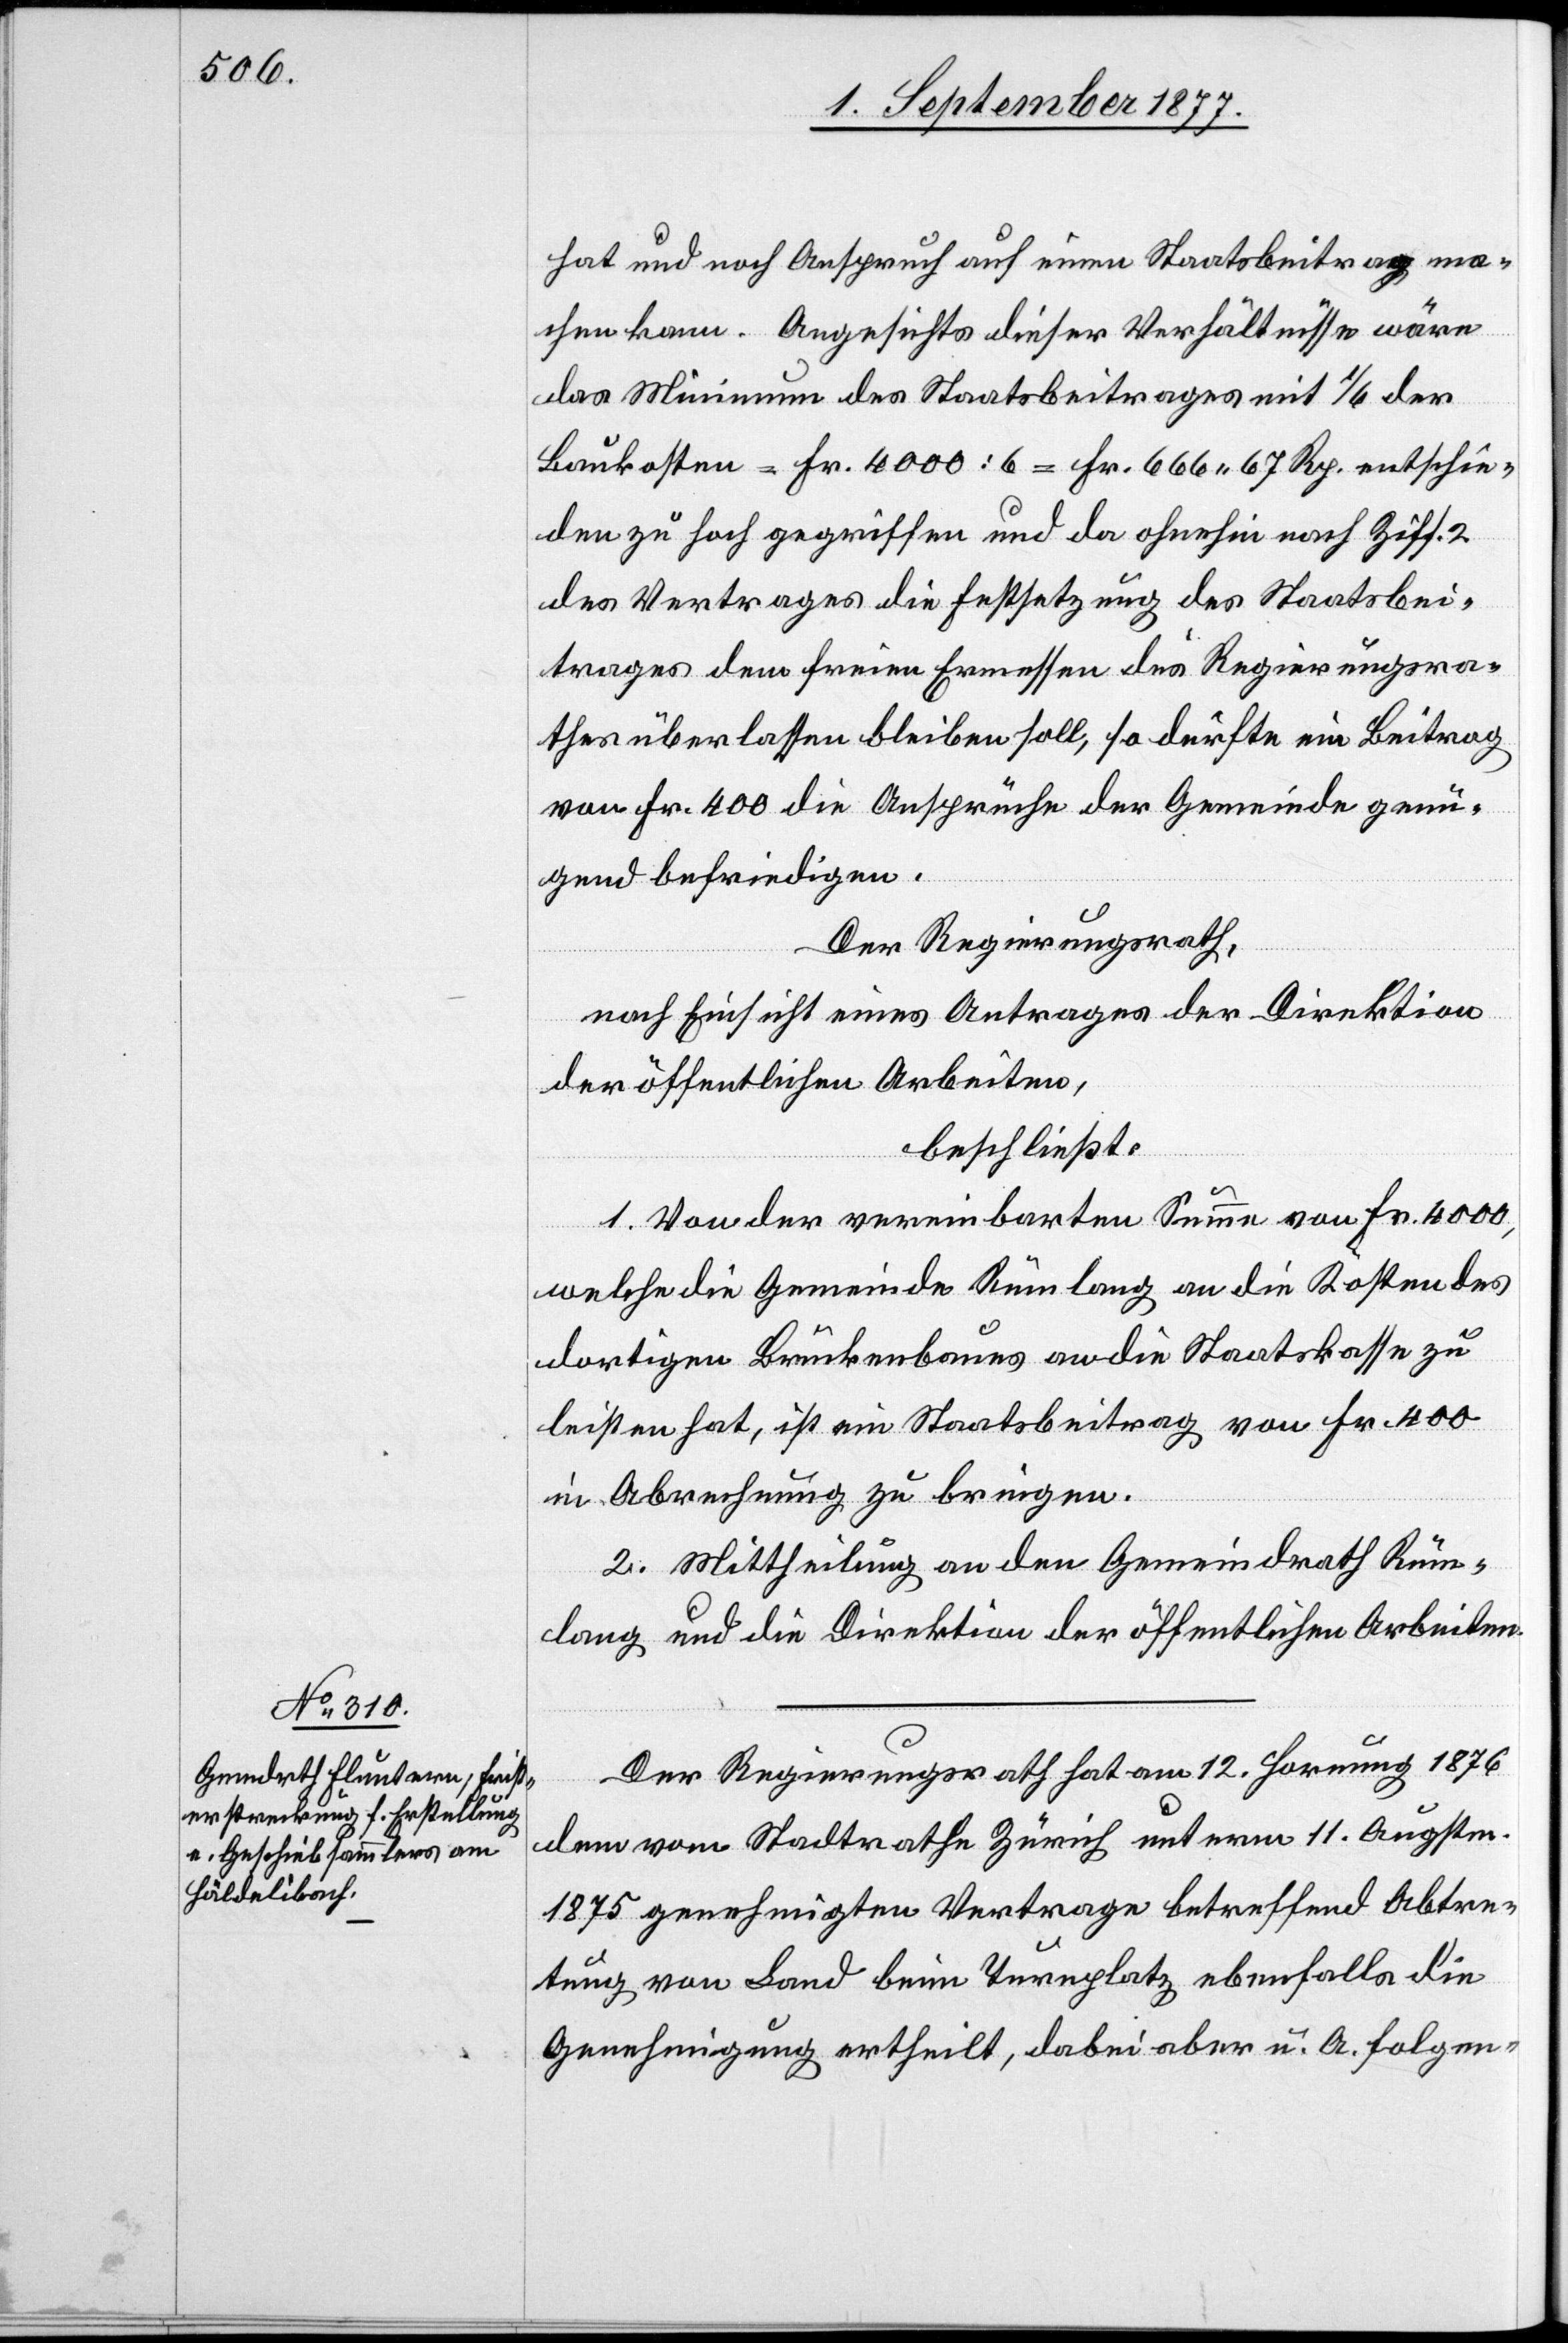
hat und noch Anspruch auf einen Staatsbeitrag ma¬
chen kann. Angesichts dieser Verhältnisse wäre
das Minimum des Staatsbeitrages mit 1/6 der
Baukosten = Fr. 4000 : 6 = Fr. 666 67 Rp. entschie¬
den zu hoch gegriffen und da ohnehin nach Ziff. 2
des Vertrages die Festsetzung des Staatsbei¬
trages dem freien Ermessen des Regierungsra¬
thes überlassen bleiben soll, so dürfte ein Beitrag
von Fr. 400 die Ansprüche der Gemeinde genü¬
gend befriedigen.
Der Regierungsrath,
nach Einsicht eines Antrages der Direktion
der öffentlichen Arbeiten,
beschließt:
1. Von der vereinbarten Summe von Fr. 4000,
welche die Gemeinde Rümlang an die Kosten des
dortigen Brückenbaues an die Staatskasse zu
leisten hat, ist ein Staatsbeitrag von Fr. 400
in Abrechnung zu bringen.
2. Mittheilung an den Gemeindrath Rüm¬
lang und die Direktion der öffentlichen Arbeiten.
Der Regierungsrath hat am 12. Hornung 1876
dem vom Stadtrathe Zürich unterm 11. Augstm.
1875 genehmigten Vertrage betreffend Abtre¬
tung von Land beim Turnplatz ebenfalls die
Genehmigung ertheilt, dabei aber u. A. folgen-